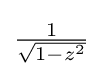
{\textstyle {\tfrac {1}{\sqrt {1-z^{2}}}}}